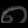
Digit: ၈